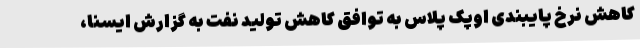
کاهش نرخ پایبندی اوپک پلاس به توافق کاهش تولید نفت به گزارش ایسنا،